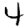
Digit: 4